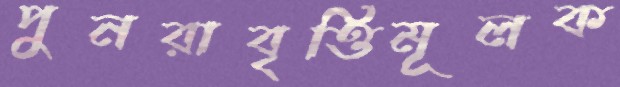
পুনরাবৃত্তিমূলক